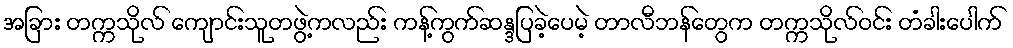
အခြား တက္ကသိုလ် ကျောင်းသူတဖွဲ့ကလည်း ကန့်ကွက်ဆန္ဒပြခဲ့ပေမဲ့ တာလီဘန်တွေက တက္ကသိုလ်ဝင်း တံခါးပေါက်